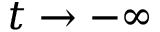
t \to - \infty